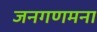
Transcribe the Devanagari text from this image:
जनगणमना